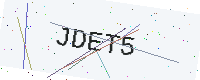
Text: JDET5